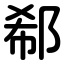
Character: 郗